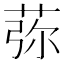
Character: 𦰴